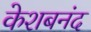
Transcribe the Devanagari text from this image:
केशबनंद